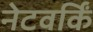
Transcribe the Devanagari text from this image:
नेटवर्किं